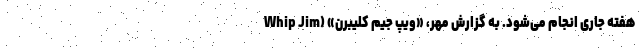
هفته جاری انجام می‌شود. به گزارش مهر، «ویپ جیم کلیبِرن» (Whip Jim